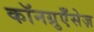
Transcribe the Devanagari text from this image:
कॉनग्रुएँसेज़